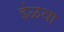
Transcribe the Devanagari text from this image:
ईळवा